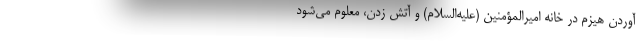
آوردن هیزم در خانه امیرالمؤمنین (علیه‌السلام) و آتش زدن، معلوم می‌شود